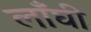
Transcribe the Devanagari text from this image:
लाँघी